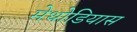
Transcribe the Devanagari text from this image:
मेथोडियास